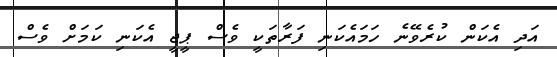
އަދި އެކަން ކުރެވޭނެ ހަމައެކަނި ފަރާތަކީ ވެސް ޕީޖީ އެކަނި ކަމަށް ވެސް